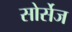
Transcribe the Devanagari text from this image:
सोर्सेज